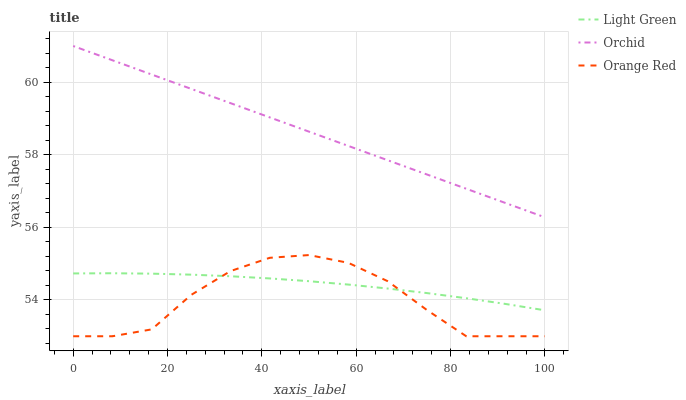
| xaxis_label | Light Green | Orchid | Orange Red |
 | --- | --- | --- | --- |
 | 0 | 54.7 | 61 | 53 |
 | 8.33 | 54.7 | 60.6 | 53 |
 | 16.7 | 54.7 | 60.2 | 53.2 |
 | 25 | 54.7 | 59.8 | 54.1 |
 | 33.3 | 54.7 | 59.4 | 54.8 |
 | 41.7 | 54.6 | 59 | 55.2 |
 | 50 | 54.5 | 58.6 | 55.2 |
 | 58.3 | 54.4 | 58.2 | 55 |
 | 66.7 | 54.3 | 57.9 | 54.5 |
 | 75 | 54.2 | 57.5 | 53.7 |
 | 83.3 | 54 | 57.1 | 53 |
 | 91.7 | 53.9 | 56.7 | 53 |
 | 100 | 53.7 | 56.3 | 53 |